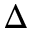
\Delta